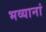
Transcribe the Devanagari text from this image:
भव्यानां